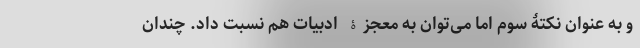
و به عنوان نکتۀ سوم اما می‌توان به معجزۀ ادبیات هم نسبت داد. چندان